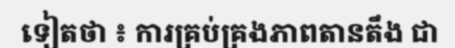
ទៀតថា ៖ ការគ្រប់គ្រងភាពតានតឹង ជា